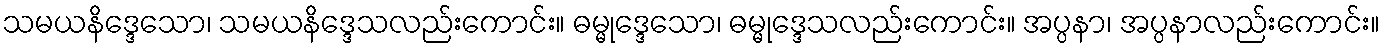
သမယနိဒ္ဒေသော၊ သမယနိဒ္ဒေသလည်းကောင်း။ ဓမ္မုဒ္ဒေသော၊ ဓမ္မုဒ္ဒေသလည်းကောင်း။ အပ္ပနာ၊ အပ္ပနာလည်းကောင်း။